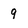
Character: 9